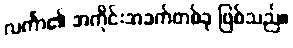
လင်္ကာ၏ အကိုင်းအခက်တစ်ခု ဖြစ်သည်။